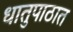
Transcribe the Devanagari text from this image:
धातुपाठात